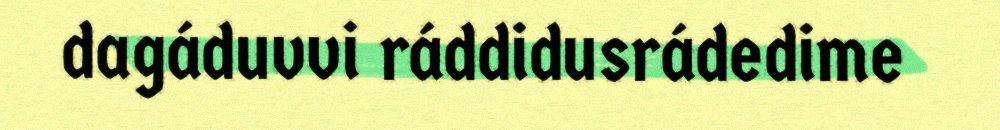
dagáduvvi ráddidusrádedime